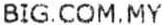
BIG.COM.MY